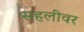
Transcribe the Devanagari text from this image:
सहलीवर